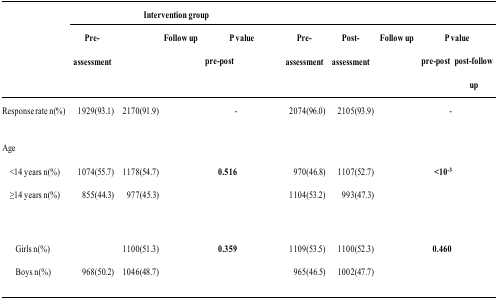
<table><thead><tr><td>[EMPTY_CELL]</td><td colspan="4"><b>Intervention group</b></td><td colspan="4">[EMPTY_CELL]</td><td>[EMPTY_CELL]</td><td>[EMPTY_CELL]</td></tr><tr><td>[EMPTY_CELL]</td><td rowspan="2"><b>Pre-assessment</b></td><td rowspan="2">[EMPTY_CELL]</td><td rowspan="2"><b>Follow up</b></td><td colspan="2"><b>P value</b></td><td rowspan="2"><b>Pre-assessment</b></td><td rowspan="2"><b>Post-assessment</b></td><td rowspan="2"><b>Follow up</b></td><td colspan="2"><b>P value</b></td></tr><tr><td>[EMPTY_CELL]</td><td><b>pre-post</b></td><td>[EMPTY_CELL]</td><td><b>pre-post</b></td><td><b>post-followup</b></td></tr></thead><tbody><tr><td>Response rate n(%)</td><td>1929(93.1)</td><td>2170(91.9)</td><td>[EMPTY_CELL]</td><td>-</td><td>[EMPTY_CELL]</td><td>2074(96.0)</td><td>2105(93.9)</td><td>[EMPTY_CELL]</td><td>-</td><td>[EMPTY_CELL]</td></tr><tr><td>Age</td><td>[EMPTY_CELL]</td><td>[EMPTY_CELL]</td><td>[EMPTY_CELL]</td><td>[EMPTY_CELL]</td><td>[EMPTY_CELL]</td><td>[EMPTY_CELL]</td><td>[EMPTY_CELL]</td><td>[EMPTY_CELL]</td><td>[EMPTY_CELL]</td><td>[EMPTY_CELL]</td></tr><tr><td>,14 years n(%)</td><td>1074(55.7)</td><td>1178(54.7)</td><td>[EMPTY_CELL]</td><td><b>0.516</b></td><td>[EMPTY_CELL]</td><td>970(46.8)</td><td>1107(52.7)</td><td>[EMPTY_CELL]</td><td><b>&lt;10<sup>−3</sup></b></td><td>[EMPTY_CELL]</td></tr><tr><td>≥14 years n(%)</td><td>855(44.3)</td><td>977(45.3)</td><td>[EMPTY_CELL]</td><td>[EMPTY_CELL]</td><td>[EMPTY_CELL]</td><td>1104(53.2)</td><td>993(47.3)</td><td>[EMPTY_CELL]</td><td>[EMPTY_CELL]</td><td>[EMPTY_CELL]</td></tr><tr><td>[EMPTY_CELL]</td><td>[EMPTY_CELL]</td><td>[EMPTY_CELL]</td><td>[EMPTY_CELL]</td><td>[EMPTY_CELL]</td><td>[EMPTY_CELL]</td><td>[EMPTY_CELL]</td><td>[EMPTY_CELL]</td><td>[EMPTY_CELL]</td><td>[EMPTY_CELL]</td><td>[EMPTY_CELL]</td></tr><tr><td>Girls n(%)</td><td>[EMPTY_CELL]</td><td>1100(51.3)</td><td>[EMPTY_CELL]</td><td><b>0.359</b></td><td>[EMPTY_CELL]</td><td>1109(53.5)</td><td>1100(52.3)</td><td>[EMPTY_CELL]</td><td><b>0.460</b></td><td>[EMPTY_CELL]</td></tr><tr><td>Boys n(%)</td><td>968(50.2)</td><td>1046(48.7)</td><td>[EMPTY_CELL]</td><td>[EMPTY_CELL]</td><td>[EMPTY_CELL]</td><td>965(46.5)</td><td>1002(47.7)</td><td>[EMPTY_CELL]</td><td>[EMPTY_CELL]</td><td>[EMPTY_CELL]</td></tr></tbody></table>